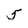
Character: 5